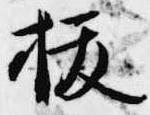
抜